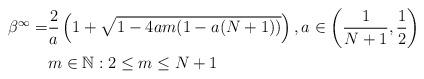
LaTeX: \begin{align*}\beta^\infty = &\frac{2}{a} \left( 1 + \sqrt{1-4am(1-a(N+1))} \right), a \in \left(\frac{1}{N+1},\frac{1}{2} \right) \\& m \in \mathbb{N}: 2 \leq m \leq N+1\end{align*}